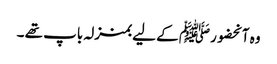
وہ آنحضورﷺ کے لیے بمنزلہ باپ تھے ۔